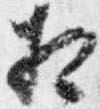
相